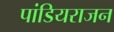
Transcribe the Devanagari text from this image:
पांडियराजन